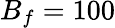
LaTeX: B_{f}=100